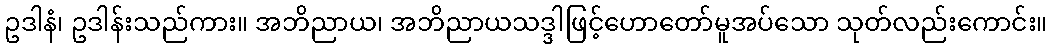
ဥဒါနံ၊ ဥဒါန်းသည်ကား။ အဘိညာယ၊ အဘိညာယသဒ္ဒါဖြင့်ဟောတော်မူအပ်သော သုတ်လည်းကောင်း။